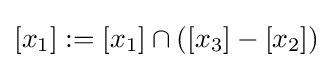
[x_{1}]:=[x_{1}]\cap ([x_{3}]-[x_{2}])